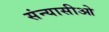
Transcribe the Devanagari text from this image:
संन्यासीओ